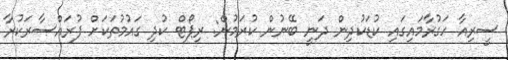
ސީރިއާ ހަގުރާމައިގައި ކުޑަކުދިން ދަނީ ބޭނުން ކުރަމުން: ރިޕޯޓް ކުދި ގައުމުތަކަށް ފުރައްސާރަކުރާ